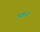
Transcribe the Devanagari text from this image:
९३१२